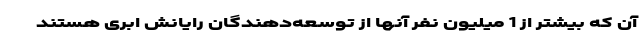
آن که بیشتر از 1 میلیون نفر آنها از توسعه‌دهندگان رایانش ابری هستند